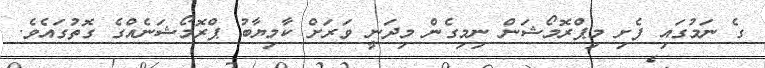
ގެ ނަމުގައި ފެށި މިޕްރޮމޯޝަން ނިމިގެން މިދަނީ ވަރަށް ކާމިޔާބު ޕްރޮމޯޝަނެއްގެ ގޮތުގައެވެ.